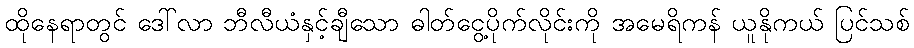
ထိုနေရာတွင် ဒေါ်လာ ဘီလီယံနှင့်ချီသော ဓါတ်ငွေ့ပိုက်လိုင်းကို အမေရိကန် ယူနိုကယ် ပြင်သစ်